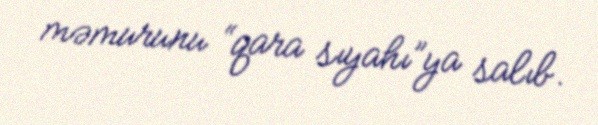
məmurunu “qara sıyahı”ya salıb.